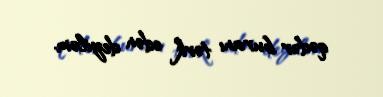
qədər buranı tərk edən deyiləm.